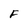
Character: F